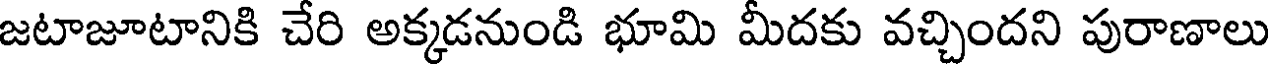
జటాజూటానికి చేరి అక్కడనుండి భూమి మీదకు వచ్చిందని పురాణాలు